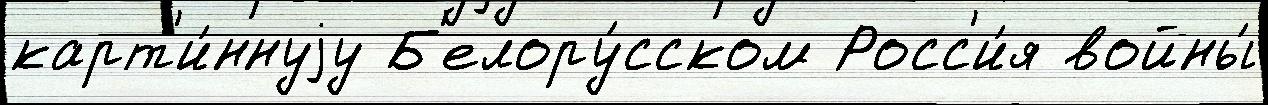
карт'и́ннуjу Б'елору́сском Росс'и́я войны́